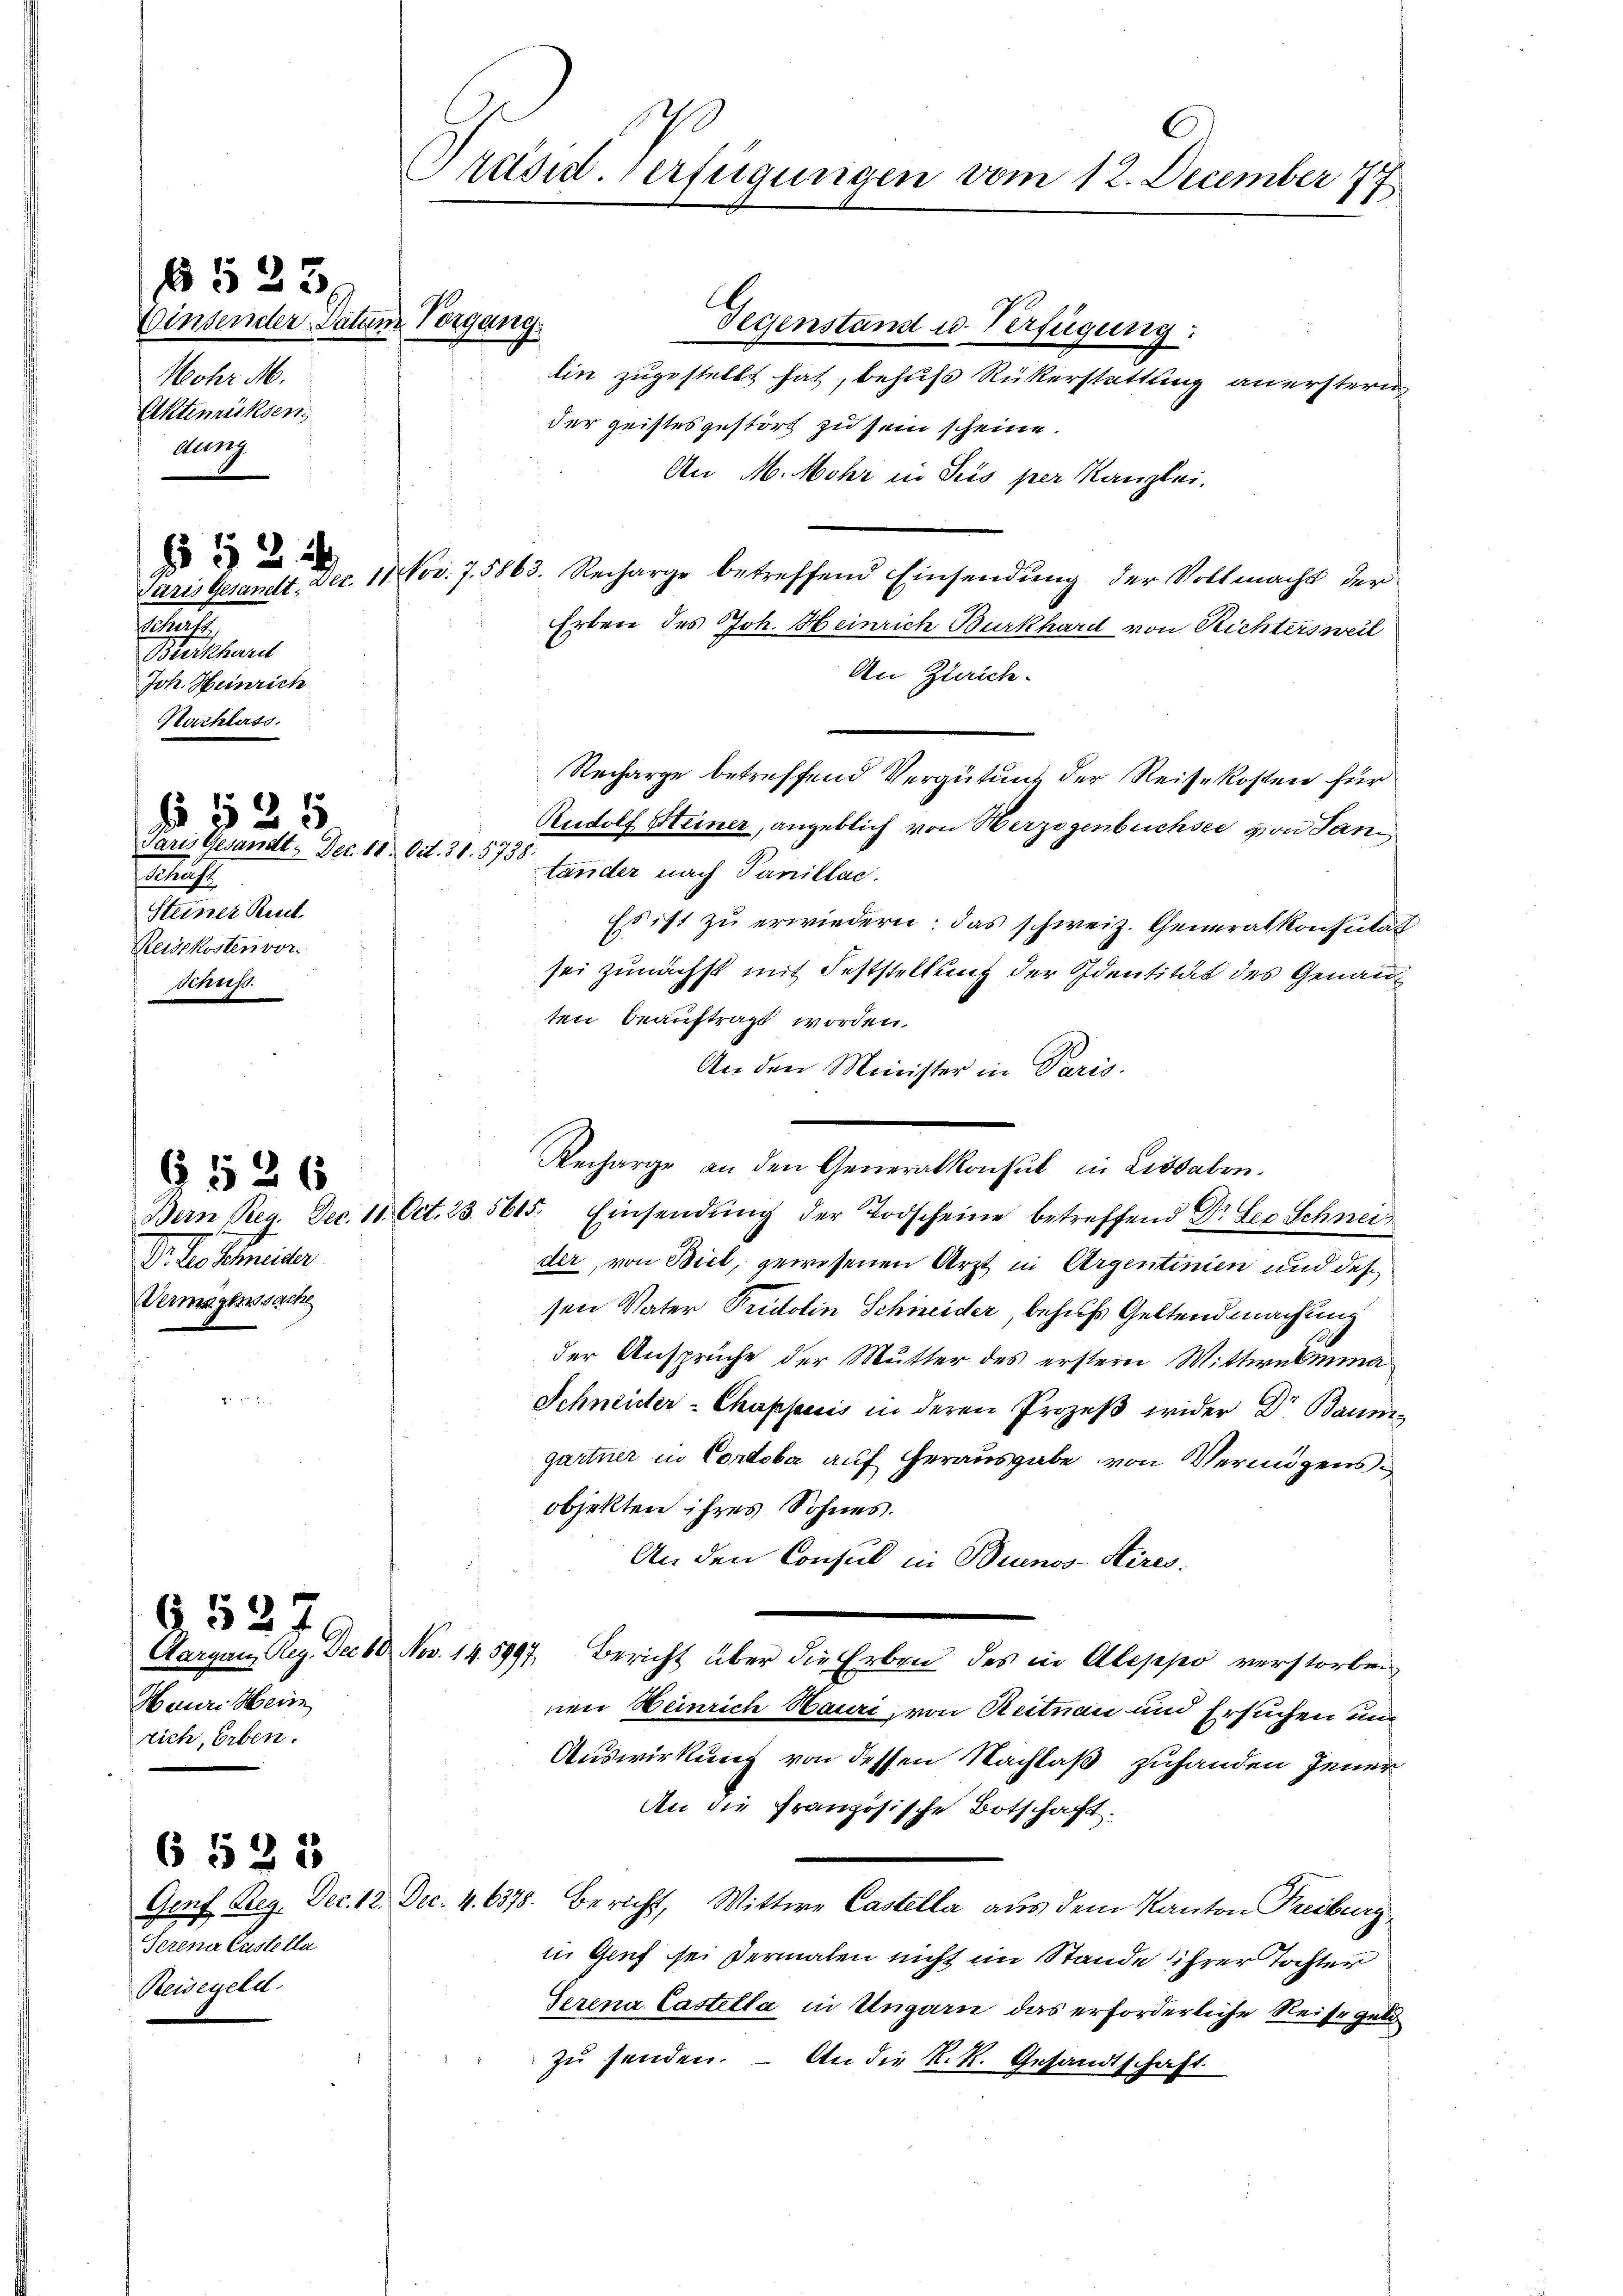
Mohr M.
Aktenrücksen
524
Schrift
Böckhard
Joh. Heinrich
Nachlass.

523 x

gung

Paris Gesandt. Dec. 18. Oct. 31. 5738
f
Steiner Reut.
Reisekosten vor.
sius.

§ 525

Dr. Der Schmeider
Vermögenssache

§526

Hauri Heim
rich, Erben.

6527

Serener Castella
Reisegeld.

6 528

Einsender Datum Vorgang.

Gegenstand u. Verfügung:
lin zugestellt hat, behufs Rükerstattung an erstern

C
Präsid. Verfügungen vom 12. December 77

der geistesgestört zu sein scheine.
An M. Mohr in Seis per Kanzlei.
Paris Gesandt. Dec. 11. Nov. 7. 5863. Recharge betreffend Einsendŭng der Vollmacht der
Erben des Joh. Heinrich Burkhard von Richtersweil
An Zürich-
Recharge betreffend Vergütung der Reisekosten für
Rudolf Steiner, angeblich von Herzogenbüchsee von Sani
tander nach Vanillac.
Es ist zu erwiedern: das schweiz. Generalkonsulat
sei zunächst mit Feststellung der Identität des Genau
ten beauftragt worden.
An den Minister in Paris.
Recharge an den Generalkonsul in Lisaben.
Bern Reg. Dec. 11. Oct. 23. 5615. Einsendŭng der Todscheine betreffend Dr. Leo Schnei
der, von Biel, gewesenen Arzt in Argentinien und des
sen Vater Fridolin Schneider, behufs Geltendmachung
der Ansprüche der Mutter des erstern Mittwelmina
Schneider-Chuppisis in deren Prozeß wider Dr Baum
gartner in Cordoba auf herausgabe von Vermögensobjekten ihres Sohnes.
An den Consul in Buenos Aires.
Aargau, leg. Der 60. Nov. 14. 5997 Bericht über die Erben des in Aleppo verstorben
nen Heinrich Hauri, von Reitnau und Ersuchen und
Auswirkung von dessen Nachlaß zuhanden jener
An die französische Botschaft.
Genf Reg. Dec. 12. Dec. 4. 6378. Bericht, Wittwe Castella aus dem Kanton Freiburg,
in Genf sei dermalen nicht im Stande ihrer Tochter
Serena Castella in Ungarn das erforderliche Reisegeldzu senden.
An die K. K. Gesandtschaft